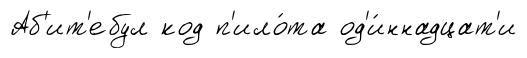
Аб'ит'ебул код п'ило́та од'и́ннадцат'и